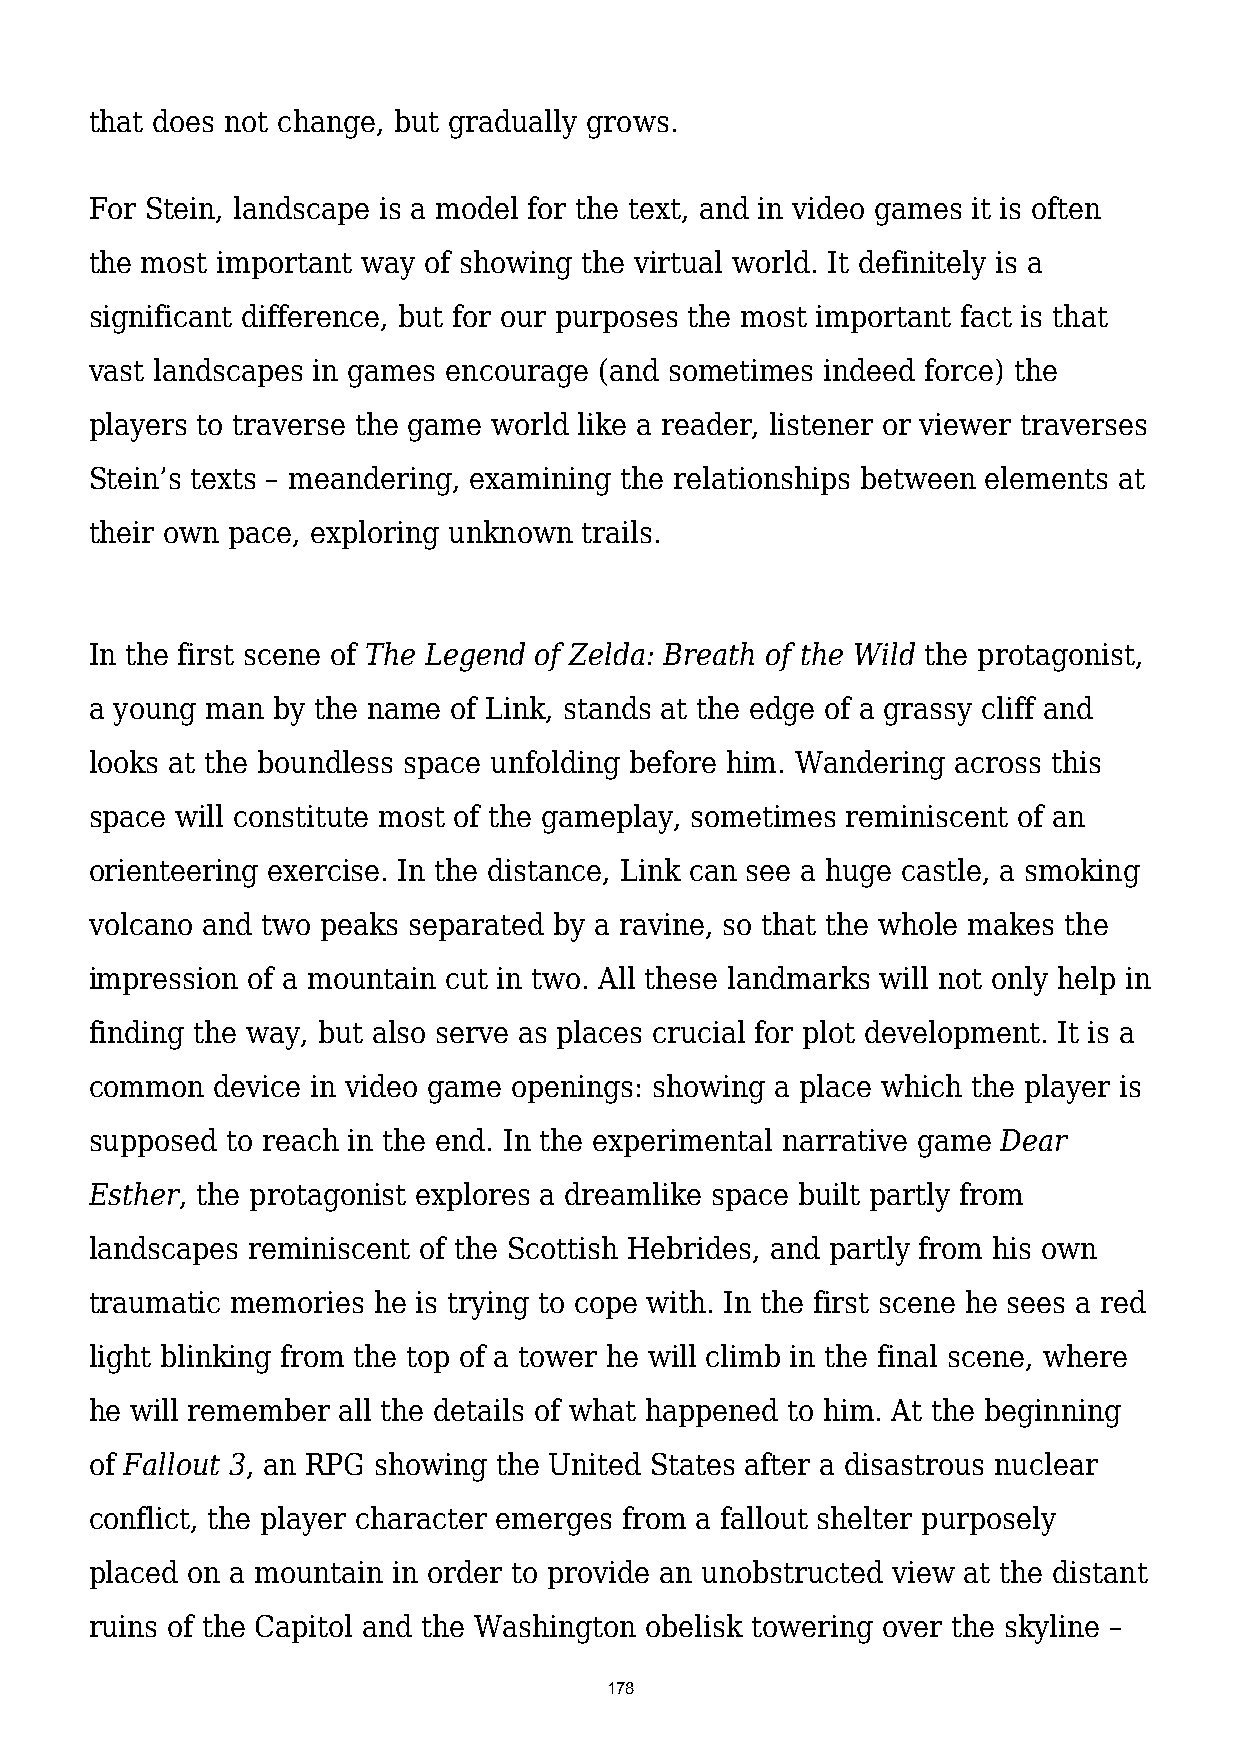
that does not change, but gradually grows.
 For Stein, landscape is a model for the text, and in video games it is often
 the most important way of showing the virtual world. It definitely is a
 significant difference, but for our purposes the most important fact is that
 vast landscapes in games encourage (and sometimes indeed force) the
 players to traverse the game world like a reader, listener or viewer traverses
 Stein’s texts – meandering, examining the relationships between elements at
 their own pace, exploring unknown trails.
 In the first scene of The Legend of Zelda: Breath of the Wild the protagonist,
 a young man by the name of Link, stands at the edge of a grassy cliff and
 looks at the boundless space unfolding before him. Wandering across this
 space will constitute most of the gameplay, sometimes reminiscent of an
 orienteering exercise. In the distance, Link can see a huge castle, a smoking
 volcano and two peaks separated by a ravine, so that the whole makes the
 impression of a mountain cut in two. All these landmarks will not only help in
 finding the way, but also serve as places crucial for plot development. It is a
 common  device in video game openings: showing a place which the player is
 supposed to reach in the end. In the experimental narrative game Dear
 Esther, the protagonist explores a dreamlike space built partly from
 landscapes reminiscent of the Scottish Hebrides, and partly from his own
 traumatic memories he is trying to cope with. In the first scene he sees a red
 light blinking from the top of a tower he will climb in the final scene, where
 he will remember all the details of what happened to him. At the beginning
 of Fallout 3, an RPG showing the United States after a disastrous nuclear
 conflict, the player character emerges from a fallout shelter purposely
 placed on a mountain in order to provide an unobstructed view at the distant
 ruins of the Capitol and the Washington obelisk towering over the skyline –
 178